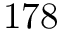
1 7 8